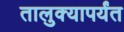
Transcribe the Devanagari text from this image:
तालुक्यापर्यंत